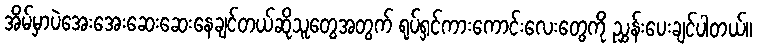
အိမ်မှာပဲအေးအေးဆေးဆေးနေချင်တယ်ဆိုသူတွေအတွက် ရုပ်ရှင်ကားကောင်းလေးတွေကို ညွှန်းပေးချင်ပါတယ်။